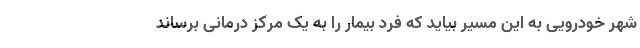
شهر خودرویی به این مسیر بیاید که فرد بیمار را به یک مرکز درمانی برساند